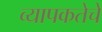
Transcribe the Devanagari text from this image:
व्यापकतेचे